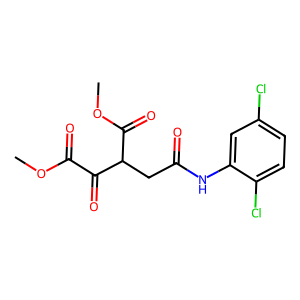
SMILES: COC(=O)C(=O)C(CC(=O)Nc1cc(Cl)ccc1Cl)C(=O)OC
Inhibits HIV replication: No